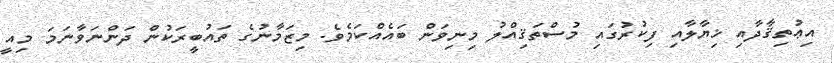
އިޢުތިޤާދާއި ޚިޔާލާއި ފިކުރުގައި މުސްތަޤިއްލު މިނިވަން ބައެއްކަމެވެ. މިޒަމާނުގެ ތައުބީރަކުން ދަންނަވާނަމަ މިއީ